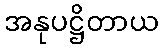
အနုပဋ္ဌိတာယ